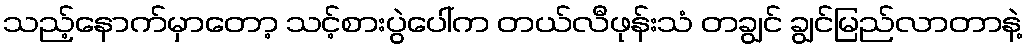
သည့်နောက်မှာတော့ သင့်စားပွဲပေါ်က တယ်လီဖုန်းသံ တချွင် ချွင်မြည်လာတာနဲ့